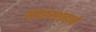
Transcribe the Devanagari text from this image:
सदहरशाहाने